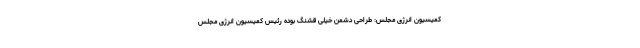
کمیسیون انرژی مجلس: طراحی دشمن خیلی قشنگ بوده رئیس کمیسیون انرژی مجلس